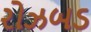
રોઝબડ